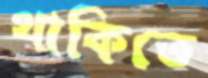
থাকিতে